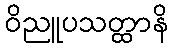
ဝိညူပသတ္ထာနိ